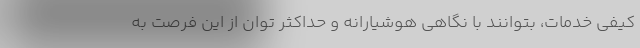
کیفی خدمات، بتوانند با نگاهی هوشیارانه و حداکثر توان از این فرصت به